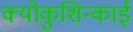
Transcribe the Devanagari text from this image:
क्योकुशिन्काई